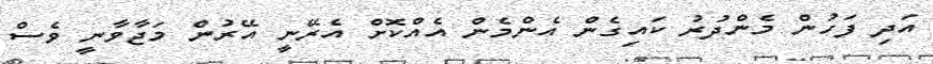
އަދި ފަހުން މެންދުރު ކައިގެން އެންމެން އެއްކޮށް އެރޭނީ އޭރުން މަޖާވާނީ ވެސް